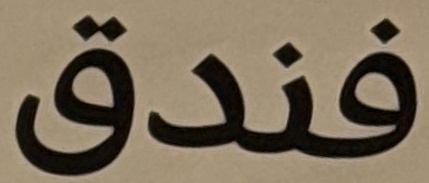
فندق